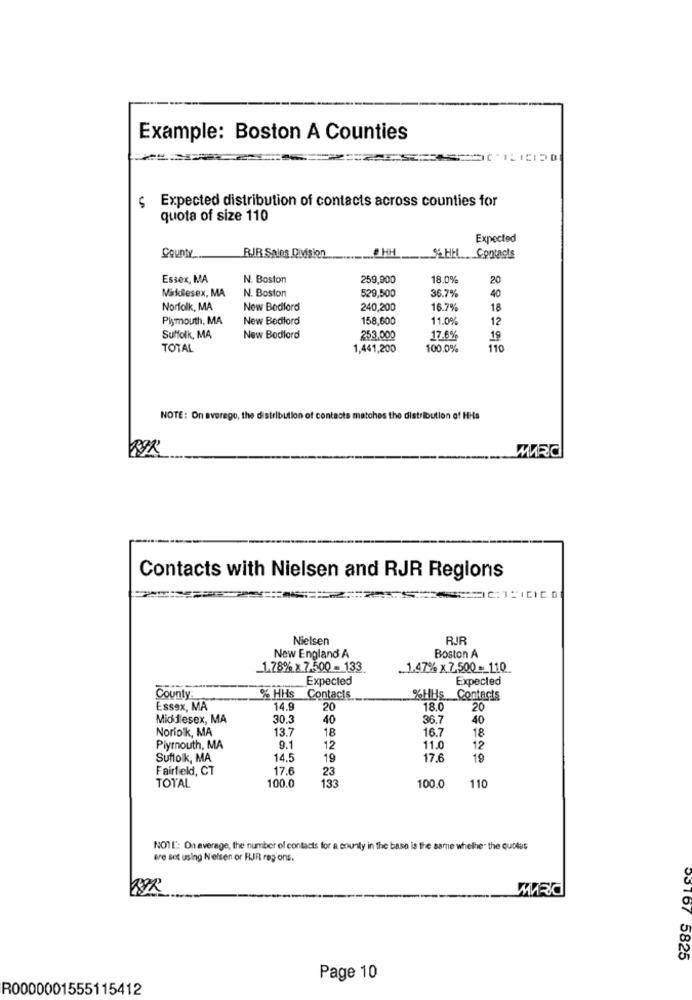
Example: Boston A Counties
Expected distribution of contacts across counties for
quota of size 110
Expected
HH
County
RIR Sales Division
SHH Contacts
Essex, MA
N. Boston
259,900
18.0%
20
Middlesex, MA
N. Boston
529,500
36.7%
40
Norfolk, MA
New Bedford
240,200
16.7%
18
Plymouth, MA
New Bedford
158,600
11.0%
12
Suffolk, MA
New Bedford
253.000
17.6%
19
TOTAL
1,441,200
100.0%
110
NOTE: On average, the distribution of con
cts matoh
MARC
Contacts with Nielsen and RJR Regions
Nielsen
RJR
New England A
Boston A
_1.78% x 7.500 - 133
.. 1.47% x 7.500 __ 110
Expected
Expected
County
% HHs
Contacts
%HHs Contacts
Essex, MA
4.9
20
18.0
20
Middlesex, MA
30.3
40
36.7
40
Norfolk, MA
13.7
18
16.7
18
Plymouth, MA
9.1
12
11.0
12
Suffolk, MA
14.5
19
17.
19
Fairfield, CT
17.6
23
100.0
133
TOTAL
100.0
110
NOTE: On average, the number of contacts for a county in the base is the same whether the quotes
ere set using Nielsen or RJR regions.
03167 5825
Page 10
R0000001555115412